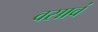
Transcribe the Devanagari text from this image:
वसावं